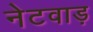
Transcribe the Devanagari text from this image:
नेटवाड़